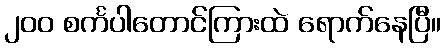
၂၀၀ စင်္ကပါတောင်ကြားထဲ ရောက်နေပြီ။